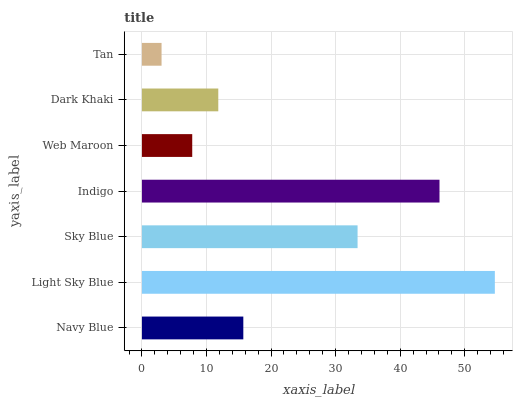
| yaxis_label | bars |
 | --- | --- |
 | Navy Blue | 15.7 |
 | Light Sky Blue | 54.7 |
 | Sky Blue | 33.4 |
 | Indigo | 46.1 |
 | Web Maroon | 7.79 |
 | Dark Khaki | 11.8 |
 | Tan | 3.04 |